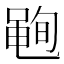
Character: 𮮣